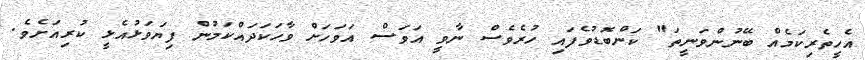
އެހީތެރިކަމެއް ބޭނުންވަނީތަ" ކަންބޮޑުވެފައި ހުރެވެސް ނާވީ އަވަސް އަވަހަށް ވާހަކަދައްކަމުން ފިޔަވަޅުއެޅީ ކުރިއަށެވެ.